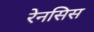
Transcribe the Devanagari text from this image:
रेनसिस